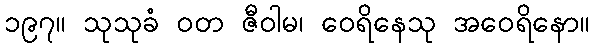
၁၉၇။ သုသုခံ ဝတ ဇီဝါမ၊ ဝေရိနေသု အဝေရိနော။